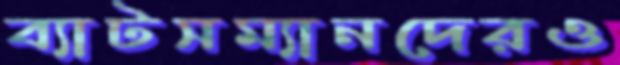
ব্যাটসম্যানদেরও